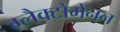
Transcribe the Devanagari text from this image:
ग्लैक्टोमेनन